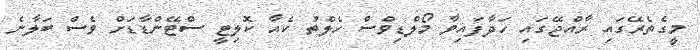
މީގެތެރޭގައި ރާއްޖޭގައި ހަދާފައިވާ މޯލްޑިވްސް ހެލްތު ކެއާ ކޮލިޓީ ސްޓޭންޑާޑަށް ވެސް ބަލާނެ